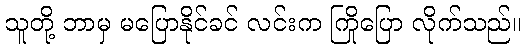
သူတို့ ဘာမှ မပြောနိုင်ခင် လင်းက ကြိုပြော လိုက်သည်။